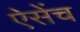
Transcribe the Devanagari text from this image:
ऐसेंच